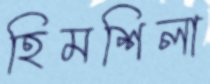
হিমশিলা